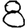
Digit: 8